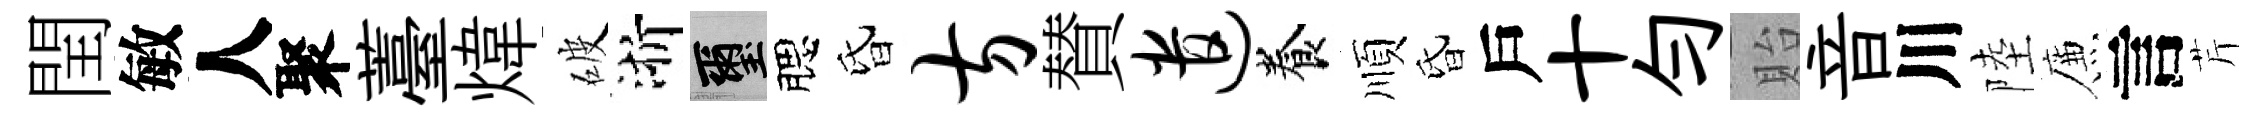
閏敏人聚薹煒破浙璽腮昏方賛遣養順昏戶十勻貽音川陸簾言芹